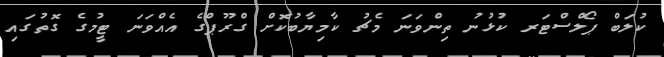
ކުލަބް ޕޯލްސްޓަރ ކުޅުނު ތިންވަނަ މެޗު ކާމިޔާބުކޮށް ގްރޫޕްގެ އެއްވަނަ ޓީމުގެ ގޮތުގައި